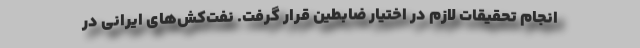
انجام تحقیقات لازم در اختیار ضابطین قرار گرفت. نفت‌کش‌های ایرانی در